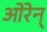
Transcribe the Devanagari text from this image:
ओरेन्